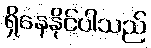
ရှိနေနိုင်ပါသည်